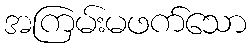
အကြမ်းမဖက်သော